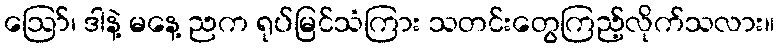
ဪ၊ ဒါနဲ့ မနေ့ ညက ရုပ်မြင်သံကြား သတင်းတွေကြည့်လိုက်သလား။